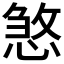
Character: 𢞀